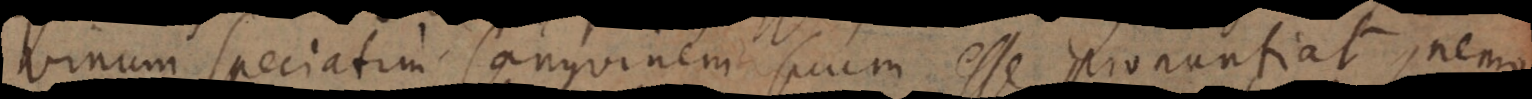
vinum speciatim sanguinem suum esse pronuntiat, nemo